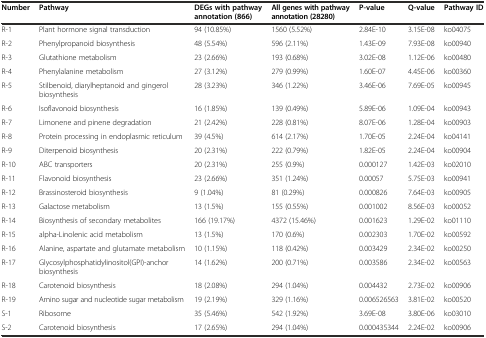
<table><thead><tr><td><b>Number</b></td><td><b>Pathway</b></td><td><b>DEGs with pathway annotation (866)</b></td><td><b>All genes with pathway annotation (28280)</b></td><td><b>P-value</b></td><td><b>Q-value</b></td><td><b>Pathway ID</b></td></tr></thead><tbody><tr><td>R-1</td><td>Plant hormone signal transduction</td><td>94 (10.85%)</td><td>1560 (5.52%)</td><td>2.84E-10</td><td>3.15E-08</td><td>ko04075</td></tr><tr><td>R-2</td><td>Phenylpropanoid biosynthesis</td><td>48 (5.54%)</td><td>596 (2.11%)</td><td>1.43E-09</td><td>7.93E-08</td><td>ko00940</td></tr><tr><td>R-3</td><td>Glutathione metabolism</td><td>23 (2.66%)</td><td>193 (0.68%)</td><td>3.02E-08</td><td>1.12E-06</td><td>ko00480</td></tr><tr><td>R-4</td><td>Phenylalanine metabolism</td><td>27 (3.12%)</td><td>279 (0.99%)</td><td>1.60E-07</td><td>4.45E-06</td><td>ko00360</td></tr><tr><td>R-5</td><td>Stilbenoid, diarylheptanoid and gingerol biosynthesis</td><td>28 (3.23%)</td><td>346 (1.22%)</td><td>3.46E-06</td><td>7.69E-05</td><td>ko00945</td></tr><tr><td>R-6</td><td>Isoflavonoid biosynthesis</td><td>16 (1.85%)</td><td>139 (0.49%)</td><td>5.89E-06</td><td>1.09E-04</td><td>ko00943</td></tr><tr><td>R-7</td><td>Limonene and pinene degradation</td><td>21 (2.42%)</td><td>228 (0.81%)</td><td>8.07E-06</td><td>1.28E-04</td><td>ko00903</td></tr><tr><td>R-8</td><td>Protein processing in endoplasmic reticulum</td><td>39 (4.5%)</td><td>614 (2.17%)</td><td>1.70E-05</td><td>2.24E-04</td><td>ko04141</td></tr><tr><td>R-9</td><td>Diterpenoid biosynthesis</td><td>20 (2.31%)</td><td>222 (0.79%)</td><td>1.82E-05</td><td>2.24E-04</td><td>ko00904</td></tr><tr><td>R-10</td><td>ABC transporters</td><td>20 (2.31%)</td><td>255 (0.9%)</td><td>0.000127</td><td>1.42E-03</td><td>ko02010</td></tr><tr><td>R-11</td><td>Flavonoid biosynthesis</td><td>23 (2.66%)</td><td>351 (1.24%)</td><td>0.00057</td><td>5.75E-03</td><td>ko00941</td></tr><tr><td>R-12</td><td>Brassinosteroid biosynthesis</td><td>9 (1.04%)</td><td>81 (0.29%)</td><td>0.000826</td><td>7.64E-03</td><td>ko00905</td></tr><tr><td>R-13</td><td>Galactose metabolism</td><td>13 (1.5%)</td><td>155 (0.55%)</td><td>0.001002</td><td>8.56E-03</td><td>ko00052</td></tr><tr><td>R-14</td><td>Biosynthesis of secondary metabolites</td><td>166 (19.17%)</td><td>4372 (15.46%)</td><td>0.001623</td><td>1.29E-02</td><td>ko01110</td></tr><tr><td>R-15</td><td>alpha-Linolenic acid metabolism</td><td>13 (1.5%)</td><td>170 (0.6%)</td><td>0.002303</td><td>1.70E-02</td><td>ko00592</td></tr><tr><td>R-16</td><td>Alanine, aspartate and glutamate metabolism</td><td>10 (1.15%)</td><td>118 (0.42%)</td><td>0.003429</td><td>2.34E-02</td><td>ko00250</td></tr><tr><td>R-17</td><td>Glycosylphosphatidylinositol(GPI)-anchor biosynthesis</td><td>14 (1.62%)</td><td>200 (0.71%)</td><td>0.003586</td><td>2.34E-02</td><td>ko00563</td></tr><tr><td>R-18</td><td>Carotenoid biosynthesis</td><td>18 (2.08%)</td><td>294 (1.04%)</td><td>0.004432</td><td>2.73E-02</td><td>ko00906</td></tr><tr><td>R-19</td><td>Amino sugar and nucleotide sugar metabolism</td><td>19 (2.19%)</td><td>329 (1.16%)</td><td>0.006526563</td><td>3.81E-02</td><td>ko00520</td></tr><tr><td>S-1</td><td>Ribosome</td><td>35 (5.46%)</td><td>542 (1.92%)</td><td>3.69E-08</td><td>3.80E-06</td><td>ko03010</td></tr><tr><td>S-2</td><td>Carotenoid biosynthesis</td><td>17 (2.65%)</td><td>294 (1.04%)</td><td>0.000435344</td><td>2.24E-02</td><td>ko00906</td></tr></tbody></table>